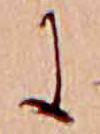
に